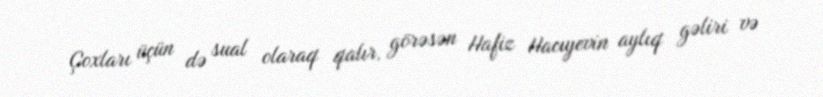
Çoxları üçün də sual olaraq qalır, görəsən Hafiz Hacıyevin aylıq gəliri və